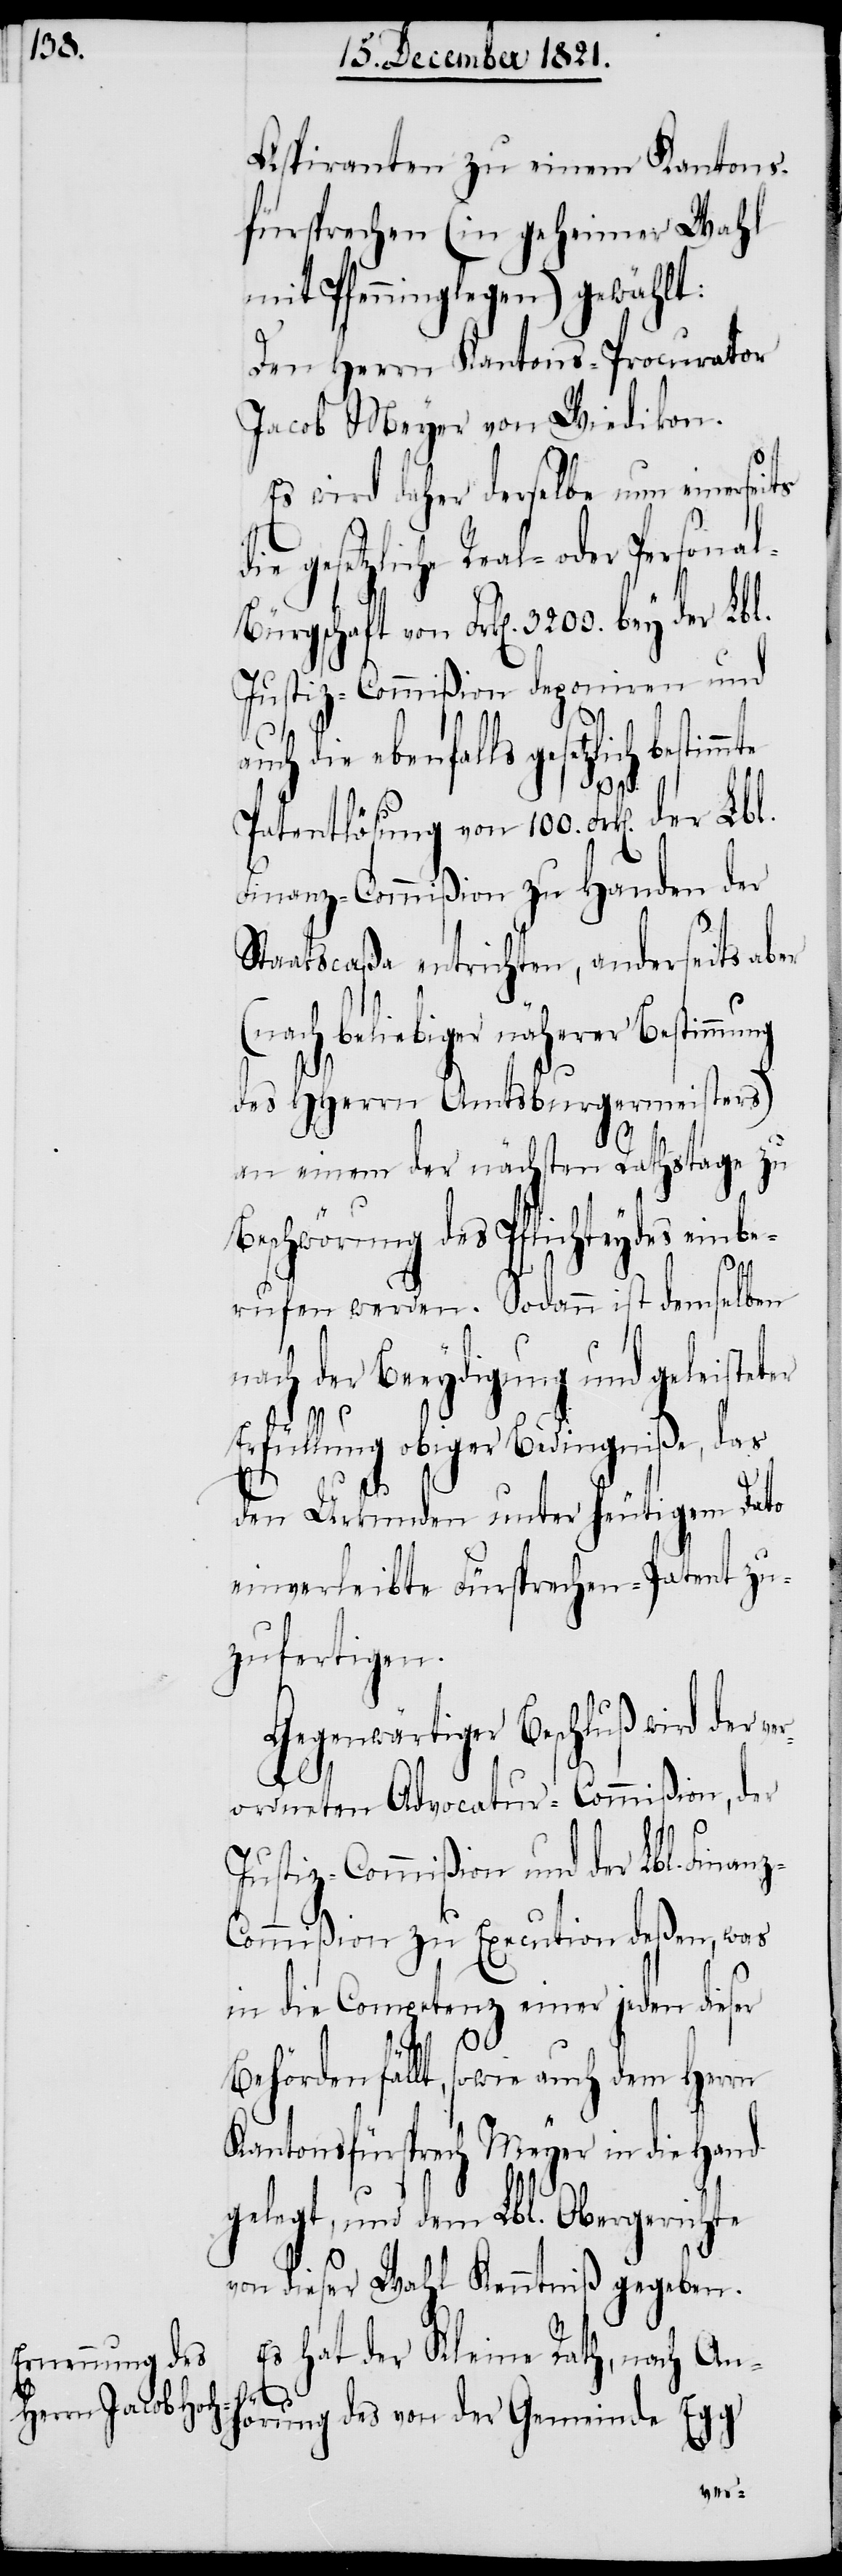
Aspiranten zu einem Kantons¬
fürsprechen (in geheimer Wahl
mit Pfenninglegen) gewählt:
Den Herrn Kantons-Procurator
Jacob Meyer von Wiedikon.
Es wird daher derselbe nun einerseits
e gesetzliche Real- oder Person¬
ürgschaft von Frk[en]. 3200. bey der Lbl.
Justiz-Commißion deponiren und
auch die ebenfalls gesetzlich best¬
Patentlösung von 100. Frk[en].
Finanz-Commißion zu Handen der
Staatscaßa entrichten, anderseits
(nach beliebiger näherer Bestimmung
des HHerrn Amtsburgermeisters)
an einem der nächsten Rathstage zu
Beschwörung des Pflichteydes einbe¬
der
rufen werden. Sodann ist demselben
nach der Beeydigung und geleisteter
rfüllung obiger Bedingniße, das
den Urkunden unter heutigem Dato
einverleibte Fürsprechen-Patent zu¬
zufertigen.
Gegenwärtiger Beschluß wird der ve¬
z-C¬
rordneten Advocatur-Commißion, der
Justiz-Commißion und der Lbl. Finan¬
ommißion zu Execution deßen, was
in die Competenz einer jeden die¬
ser
Behörden fällt, sowie auch dem Herrn
Kantonsfürsprech Meyer in die Hand
gelegt, und dem Lbl. Obergerichte
von dieser Wahl Kenntniß gegeben.
Es hat der Kleine Rath, nach An¬
E¬
hörung des von der Gemeinde Egg